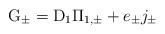
LaTeX: \begin{align*}{\rm G}_{\pm} = {\rm D}_{1} {\Pi}_{1,\pm} + e_{\pm} j_{\pm}\end{align*}